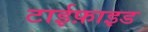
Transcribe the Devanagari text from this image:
टाईफ़ाइड